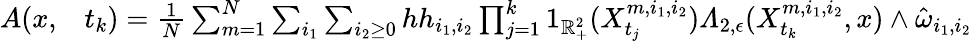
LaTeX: \begin{array}{rl}{A(x,}&{{}t_{k})=\frac{1}{N}\sum_{m=1}^{N}\sum_{i_{1}}\sum_{i_{2}\geq 0}hh_{i_{1},i_{2}}\prod_{j=1}^{k}1_{\mathbb{R}_{+}^{2}}(X_{t_{j}}^{m,i_{1},i_{2}})\varLambda_{2,\epsilon}(X_{t_{k}}^{m,i_{1},i_{2}},x)\wedge\hat{\omega}_{i_{1},i_{2}}}\end{array}